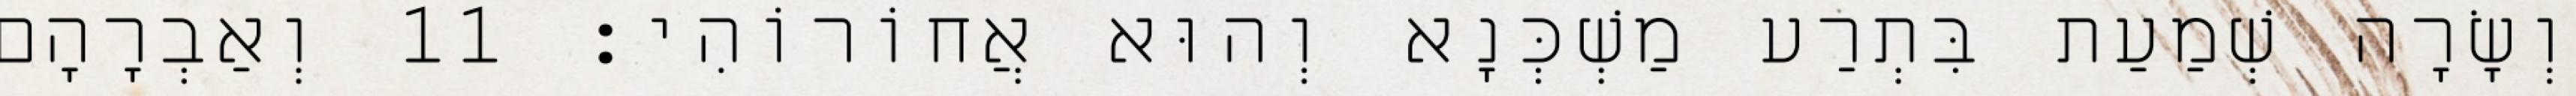
וְשָׂרָה שְׁמַעַת בִּתְרַע מַשְׁכְּנָא וְהוּא אֲחוֹרוֹהִי׃ 11 וְאַבְרָהָם